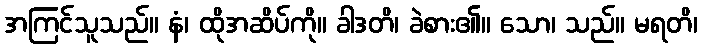
အကြင်သူသည်။ နံ၊ ထိုအဆိပ်ကို။ ခါဒတိ၊ ခဲစား၏။ သော၊ သည်။ မရတိ၊